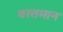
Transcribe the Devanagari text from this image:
वरतमान